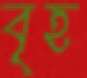
বৃহ